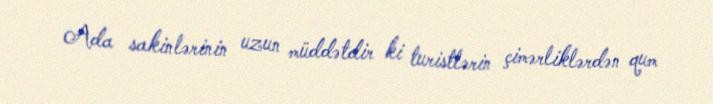
Ada sakinlərinin uzun müddətdir ki turistlərin çimərliklərdən qum